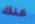
عنك